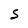
Character: S